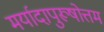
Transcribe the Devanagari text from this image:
मर्यादापुरूषोत्तम